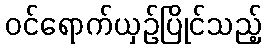
ဝင်ရောက်ယှဉ်ပြိုင်သည့်